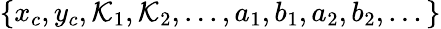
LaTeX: \{ x_{c},y_{c},\mathcal{K}_{1},\mathcal{K}_{2},...,a_{1},b_{1},a_{2},b_{2},...\}